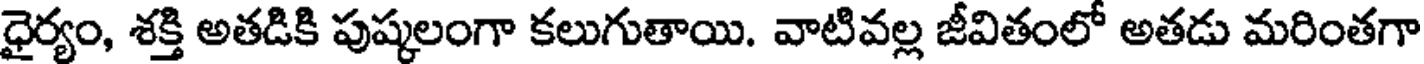
ధైర్యం, శక్తి అతడికి పుష్కలంగా కలుగుతాయి. వాటివల్ల జీవితంలో అతడు మరింతగా